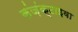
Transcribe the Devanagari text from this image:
कंज़ंक्टाइवा